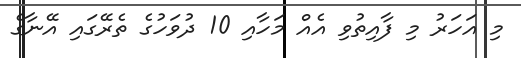
މި އަހަރު މި ފާއިތުވި އެއް މަހާއި 10 ދުވަހުގެ ތެރޭގައި އޭނާގެ